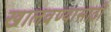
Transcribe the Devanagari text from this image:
खालवण्यासाठी